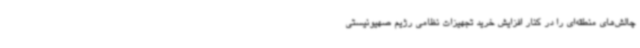
چالش‌های منطقه‌ای را در کنار افزایش خرید تجهیزات نظامی رژیم صهیونیستی